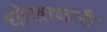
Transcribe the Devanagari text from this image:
धोखाधारी